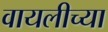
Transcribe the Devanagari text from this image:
वायलीच्या